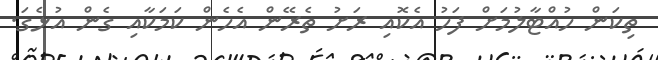
ތިކަން ހުއްޓާލުމަށް ފަހު އެކޮއި ރަށު ތެރޭން އެހެން ކަމަކާއި ގެން އުޅެގަ.